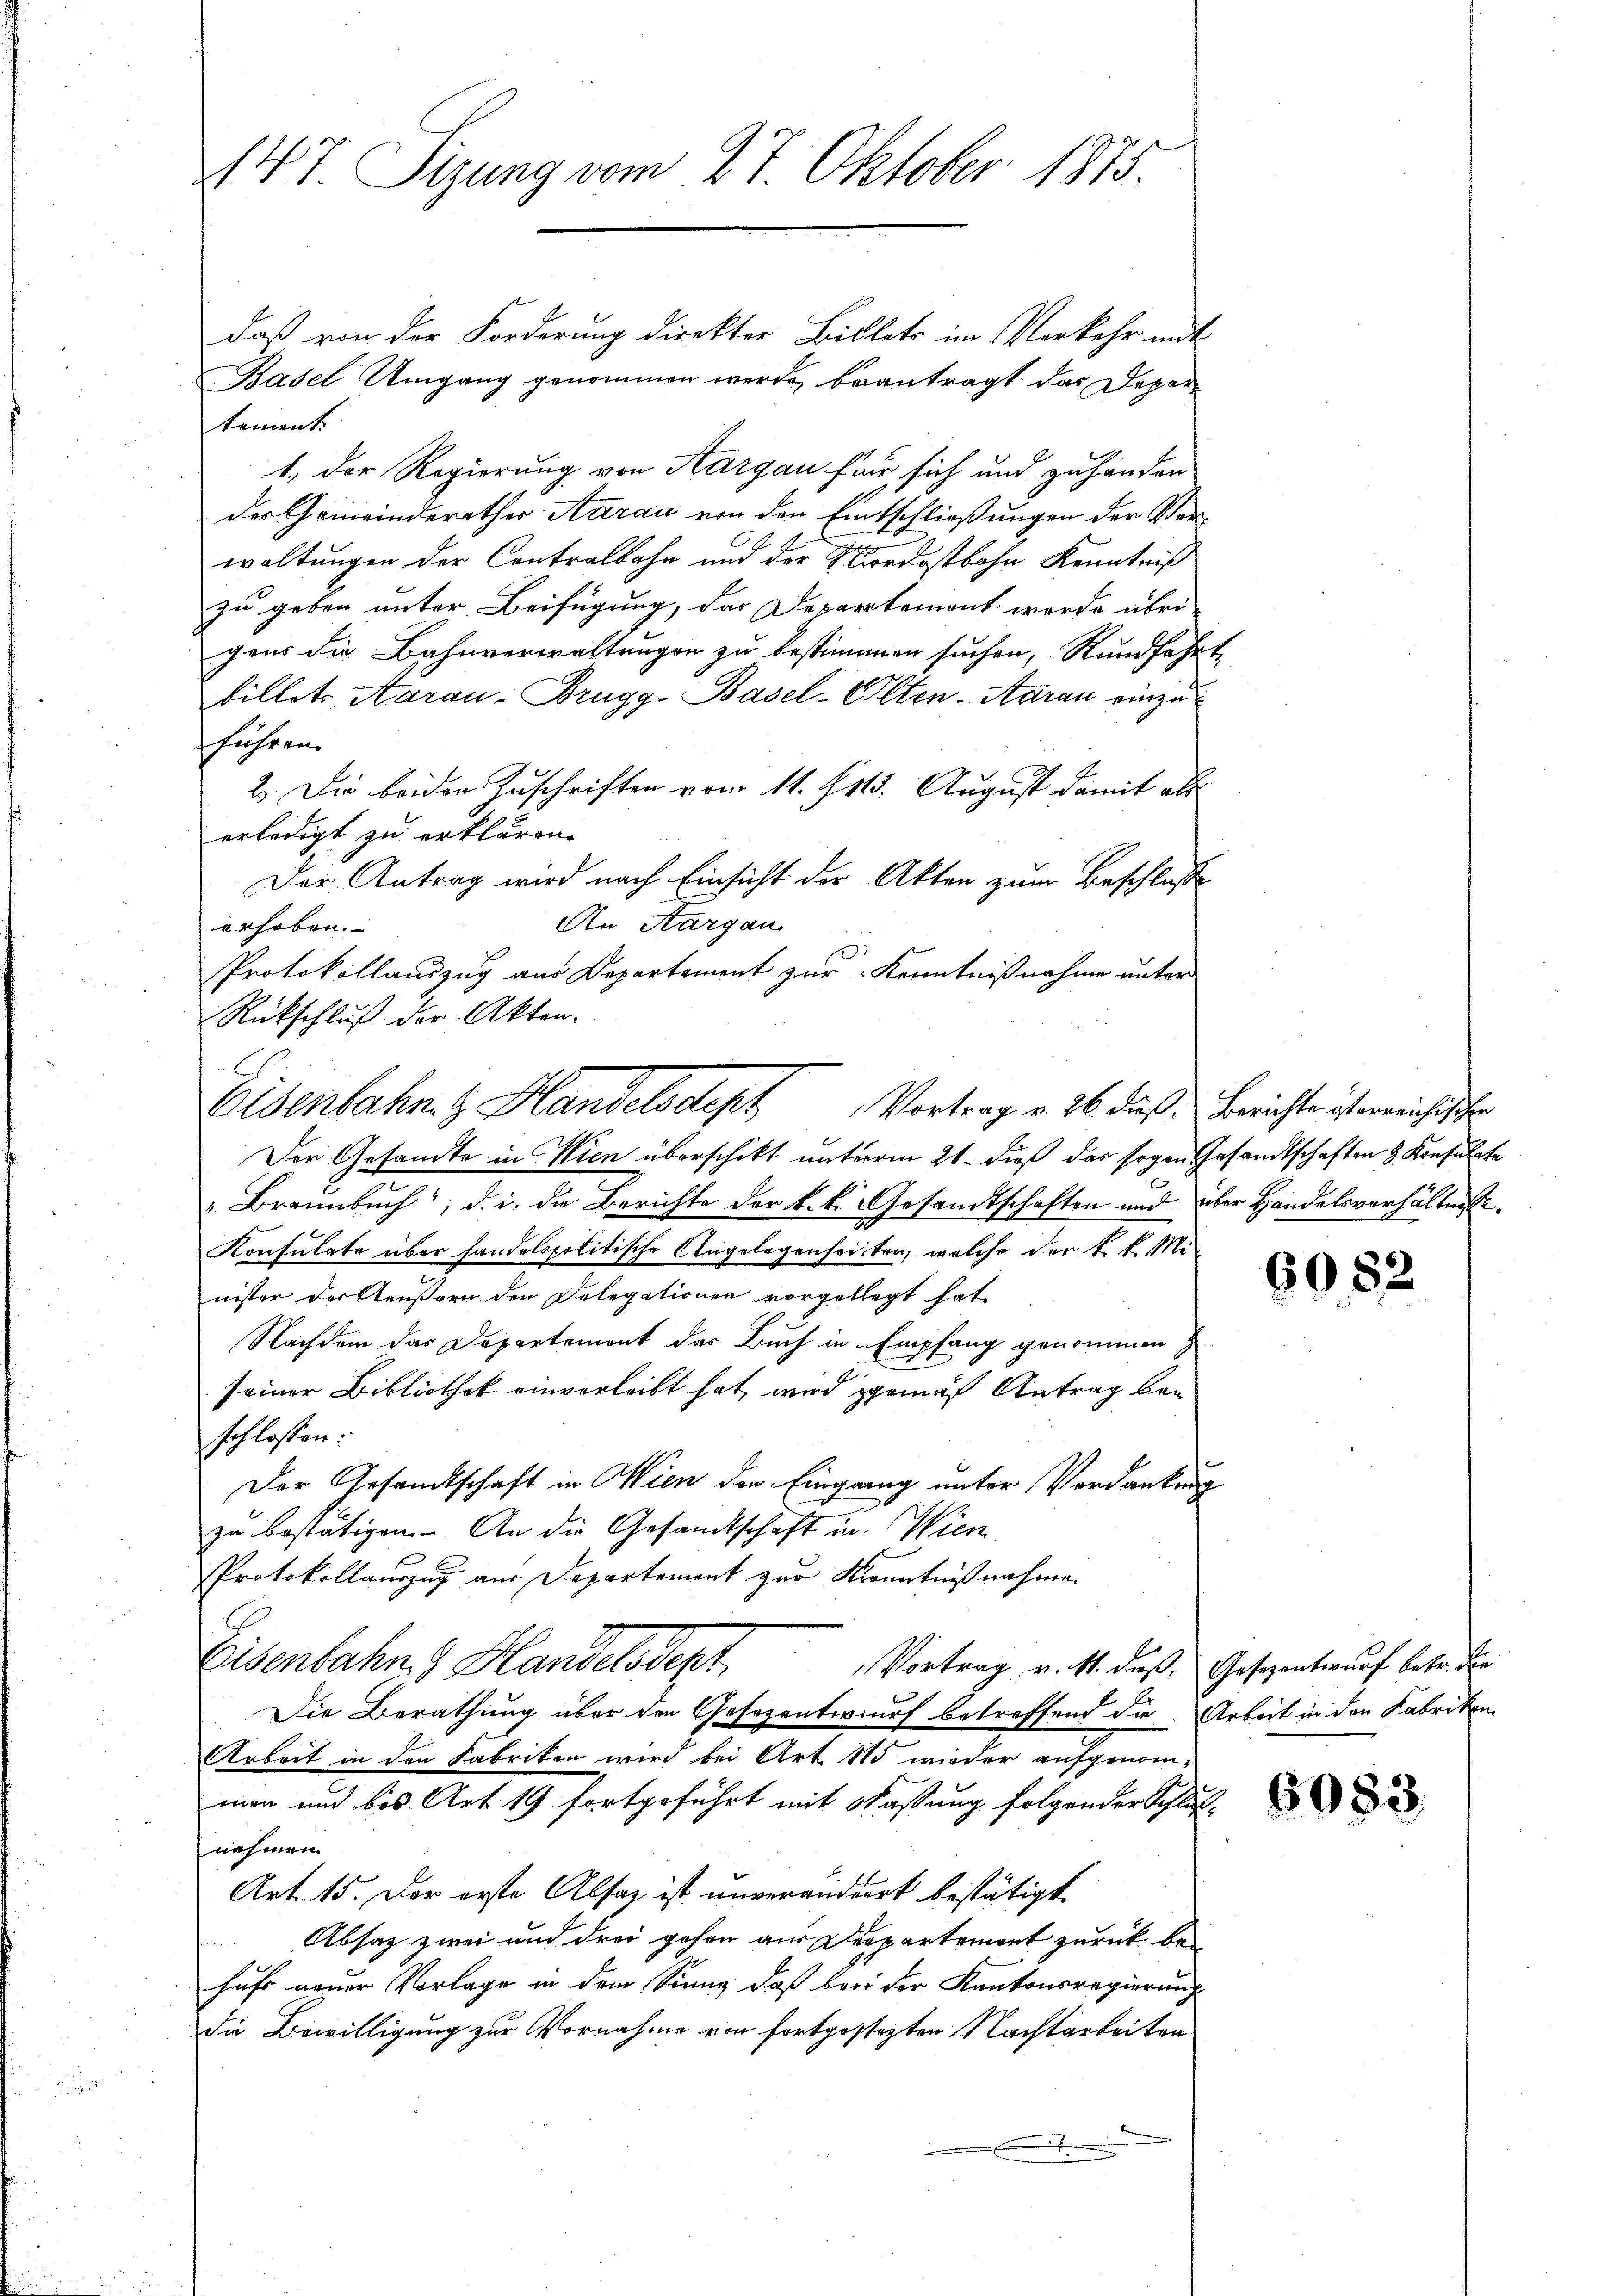
147 Sizung vom 27. Oktober 1875.

daß von der Forderung direktor Billets im Verkehr mit
Basel Umgang genommen werde, beantragt das Departement.
1. Der Regierung von Aargau für sich und zuhanden
des Gemeinderathes Aarau von den Entschließungen der Verwaltungen der Contralbahn und der Mordostbahn Kenntniß
zu geben unter Beifügung, das Departemont werde übri-
gens die Bahnverwaltungen zu bestimmen suchen, Rundfahr
billet Aarau - Brugg-Basel-Olten-Aarau einzu
ffahren.
2. Die beiden Zuschriften vom 11. 813. August damit als
erledigt zu erklären.
Der Antrag wird nach Einsicht der Akten zum Beschlusse
An Aargau.
erhoben.
Protokollauszug aus Departement zur Kenntnißnahme unter
Rückschluß der Akten.
Der Gesandte in Wien überschikt unterm 21. dieß das sogen Gesandtschaften 3 Konsulate
"Brannbuch, d. i. die Berichte der k.k. Gesandtschaften und über Handelsverhältnisse.
Konsulate über handelspolitische Angelegenheiten, welche der k. k. Mi
nister der Aeußern den Delegationen vorgeklagt hat.
Nachdem das Departement das Buch in Empfang genommen
seiner Bibliothek einverleibt hat, wird gemäß Antrag bei
schlossen:
Der Gesandtschaft in Wien der Eingang unter Verdanken
zu bestätigen. An die Gesandtschaft in Wien
Protokollauszug aus Departement zur Kenntnißnahmen
Eisenbahne Handelsdept,
Vortrag v. M. dieß, Gesezentwurf betr. die
Die Berathung über den Gesezentwurf betreffend die Arbeit in den Fabriken
Arbeit in den Fabrikon wird bei Art. 115 wieder aufgenom-
men und bis Art 19 fortgeführt mit Fassung folgender Schluß-
nahmen.
Art. 15. Der erste Absatz ist unverändert bestätigt
Absatz zwei und drei gehen aus Departemont zurück behufs neuer Vorlage in dem Sinng, daß bei der Kantonsregierung
die Bewilligung zur Vornahme von fortgesezten Nachbarkeiten

Eisenbahn z. Handelsdeph Vortrag v. 26. dieß. Berichte ist erreichischen

6082

6083